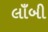
લાઁબી